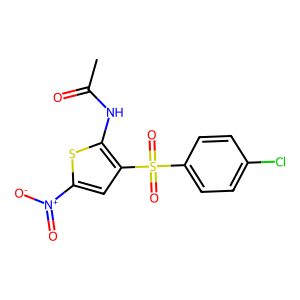
SMILES: CC(=O)Nc1sc([N+](=O)[O-])cc1S(=O)(=O)c1ccc(Cl)cc1
Inhibits HIV replication: No